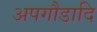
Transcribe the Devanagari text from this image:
अपगौडादि